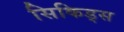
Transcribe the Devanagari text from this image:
सिकिड्स